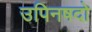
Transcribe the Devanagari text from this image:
उपिनषदो